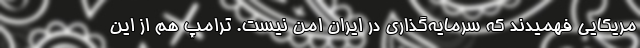
مریکایی فهمیدند که سرمایه‌گذاری در ایران امن نیست. ترامپ هم از این